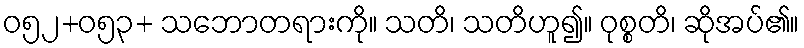
ဝ၅၂+၀၅၃+ သဘောတရားကို။ သတိ၊ သတိဟူ၍။ ဝုစ္စတိ၊ ဆိုအပ်၏။